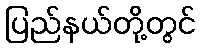
ပြည်နယ်တို့တွင်